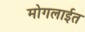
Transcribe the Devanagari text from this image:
मोगलाईत